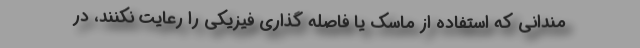
مندانی که استفاده از ماسک یا فاصله گذاری فیزیکی را رعایت نکنند، در